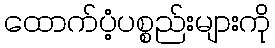
ထောက်ပံ့ပစ္စည်းများကို